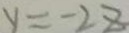
y = - 2 z